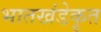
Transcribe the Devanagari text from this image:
भातखंडेकृत